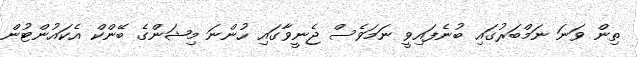
ތިން ވަނަ ނަމްބަރުގައި ބުނެފައިވީ ނަމަވެސް ޖެނީވާގައި ހުންނަ މިޝަންގެ ބޭންކް އެކައުންޓުން